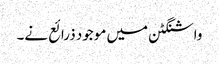
واشنگٹن میں موجود ذرائع نے۔